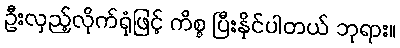
ဦးလှည့်လိုက်ရုံဖြင့် ကိစ္စ ပြီးနိုင်ပါတယ် ဘုရား။